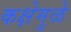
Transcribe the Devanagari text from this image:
कक्षेमुळे